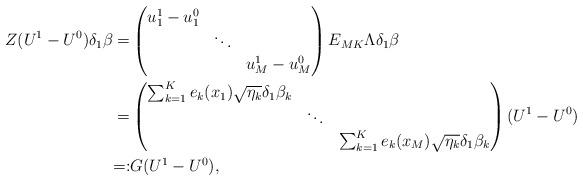
LaTeX: \begin{align*}Z(U^1-U^0)\delta_{1}\beta=& \begin{pmatrix}u_1^1-u_1^0& & \\ &\ddots& \\ & &u_M^1-u_M^0\end{pmatrix}E_{MK}\Lambda\delta_{1}\beta\\=&\begin{pmatrix}\sum_{k=1}^Ke_k(x_1)\sqrt{\eta_k}\delta_1\beta_k& & \\ &\ddots& \\ & &\sum_{k=1}^Ke_k(x_M)\sqrt{\eta_k}\delta_1\beta_k\end{pmatrix}(U^1-U^0)\\=:&G(U^1-U^0),\end{align*}